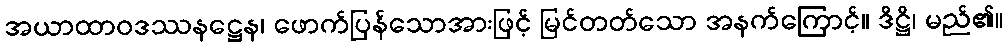
အယာထာဝဒဿနဋ္ဌေန၊ ဖောက်ပြန်သောအားဖြင့် မြင်တတ်သော အနက်ကြောင့်။ ဒိဋ္ဌိ၊ မည်၏။